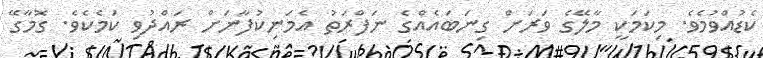
ކެޑުއްވުމެވެ. މިކަމަކީ މާލޭގެ ވަރަށް ގިނަބައެެއްގެ ނަފްރަތު އެމަނިކުފާނަށް ރައްދުވި ކަމެކެވެ. ގޮމާގޭ